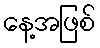
နေ့အဖြစ်